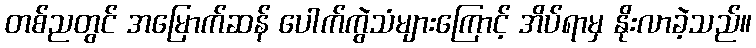
တစ်ညတွင် အမြောက်ဆန် ပေါက်ကွဲသံများကြောင့် အိပ်ရာမှ နိုးလာခဲ့သည်။